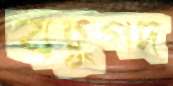
বহুপদ